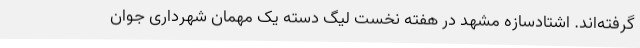
گرفته‌اند. اشتادسازه مشهد در هفته نخست لیگ دسته یک مهمان شهرداری جوان